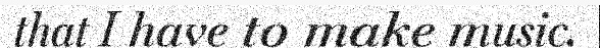
that I have to make music.